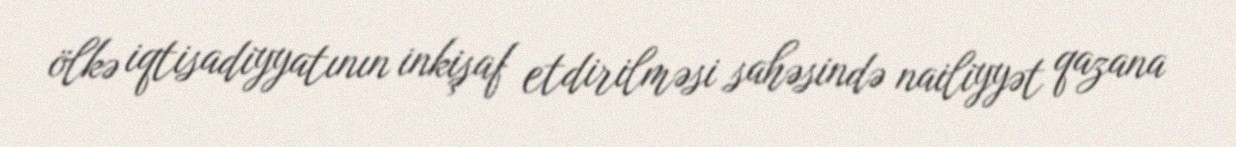
ölkə iqtisadiyyatının inkişaf etdirilməsi sahəsində nailiyyət qazana